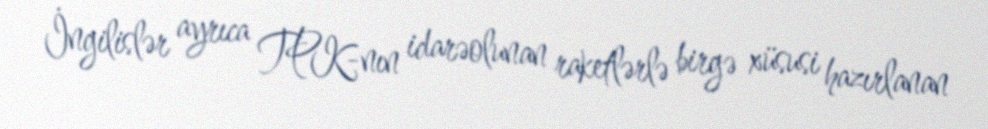
İngilislər ayrıca TPK-nın idarəolunan raketlərlə birgə xüsusi hazırlanan